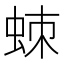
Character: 𧊸